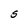
Character: S